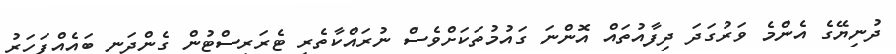
ދުނިޔޭގެ އެންމެ ވަރުގަދަ ދިފާއުތައް އޮންނަ ގައުމުތަކަށްވެސް ނުރައްކާތެރި ޓެރަރިސްޓުން ގެންދަނީ ބައެއްފަހަރު